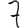
Digit: 7